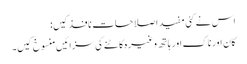
اس نے کئی مفید اصلاحات نافذ کیں:
کان اور ناک اور ہاتھ وغیرہ کاٹنے کی سزائیں منسوخ کیں۔